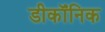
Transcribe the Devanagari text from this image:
डीकॉंनिक